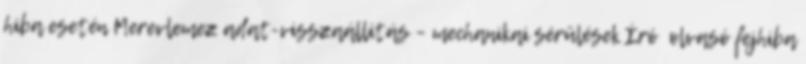
hiba esetén Merevlemez adat-visszaállítás – mechanikai sérülések Író olvasó fejhiba